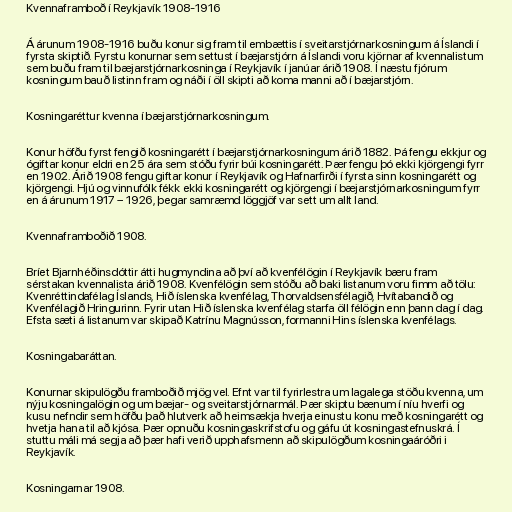
Kvennaframboð í Reykjavík 1908-1916

Á árunum 1908-1916 buðu konur sig fram til embættis í sveitarstjórnarkosningum á Íslandi í
fyrsta skiptið. Fyrstu konurnar sem settust í bæjarstjórn á Íslandi voru kjörnar af kvennalistum
sem buðu fram til bæjarstjórnarkosninga í Reykjavík í janúar árið 1908. Í næstu fjórum
kosningum bauð listinn fram og náði í öll skipti að koma manni að í bæjarstjórn.

Kosningaréttur kvenna í bæjarstjórnarkosningum.

Konur höfðu fyrst fengið kosningarétt í bæjarstjórnarkosningum árið 1882. Þá fengu ekkjur og
ógiftar konur eldri en 25 ára sem stóðu fyrir búi kosningarétt. Þær fengu þó ekki kjörgengi fyrr
en 1902. Árið 1908 fengu giftar konur í Reykjavík og Hafnarfirði í fyrsta sinn kosningarétt og
kjörgengi. Hjú og vinnufólk fékk ekki kosningarétt og kjörgengi í bæjarstjórnarkosningum fyrr
en á árunum 1917 – 1926, þegar samræmd löggjöf var sett um allt land.

Kvennaframboðið 1908.

Bríet Bjarnhéðinsdóttir átti hugmyndina að því að kvenfélögin í Reykjavík bæru fram
sérstakan kvennalista árið 1908. Kvenfélögin sem stóðu að baki listanum voru fimm að tölu:
Kvenréttindafélag Íslands, Hið íslenska kvenfélag, Thorvaldsensfélagið, Hvítabandið og
Kvenfélagið Hringurinn. Fyrir utan Hið íslenska kvenfélag starfa öll félögin enn þann dag í dag.
Efsta sæti á listanum var skipað Katrínu Magnússon, formanni Hins íslenska kvenfélags.

Kosningabaráttan.

Konurnar skipulögðu framboðið mjög vel. Efnt var til fyrirlestra um lagalega stöðu kvenna, um
nýju kosningalögin og um bæjar- og sveitarstjórnarmál. Þær skiptu bænum í níu hverfi og
kusu nefndir sem höfðu það hlutverk að heimsækja hverja einustu konu með kosningarétt og
hvetja hana til að kjósa. Þær opnuðu kosningaskrifstofu og gáfu út kosningastefnuskrá. Í
stuttu máli má segja að þær hafi verið upphafsmenn að skipulögðum kosningaáróðri i
Reykjavík.

Kosningarnar 1908.